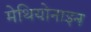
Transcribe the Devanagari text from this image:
मेथियोनाइन